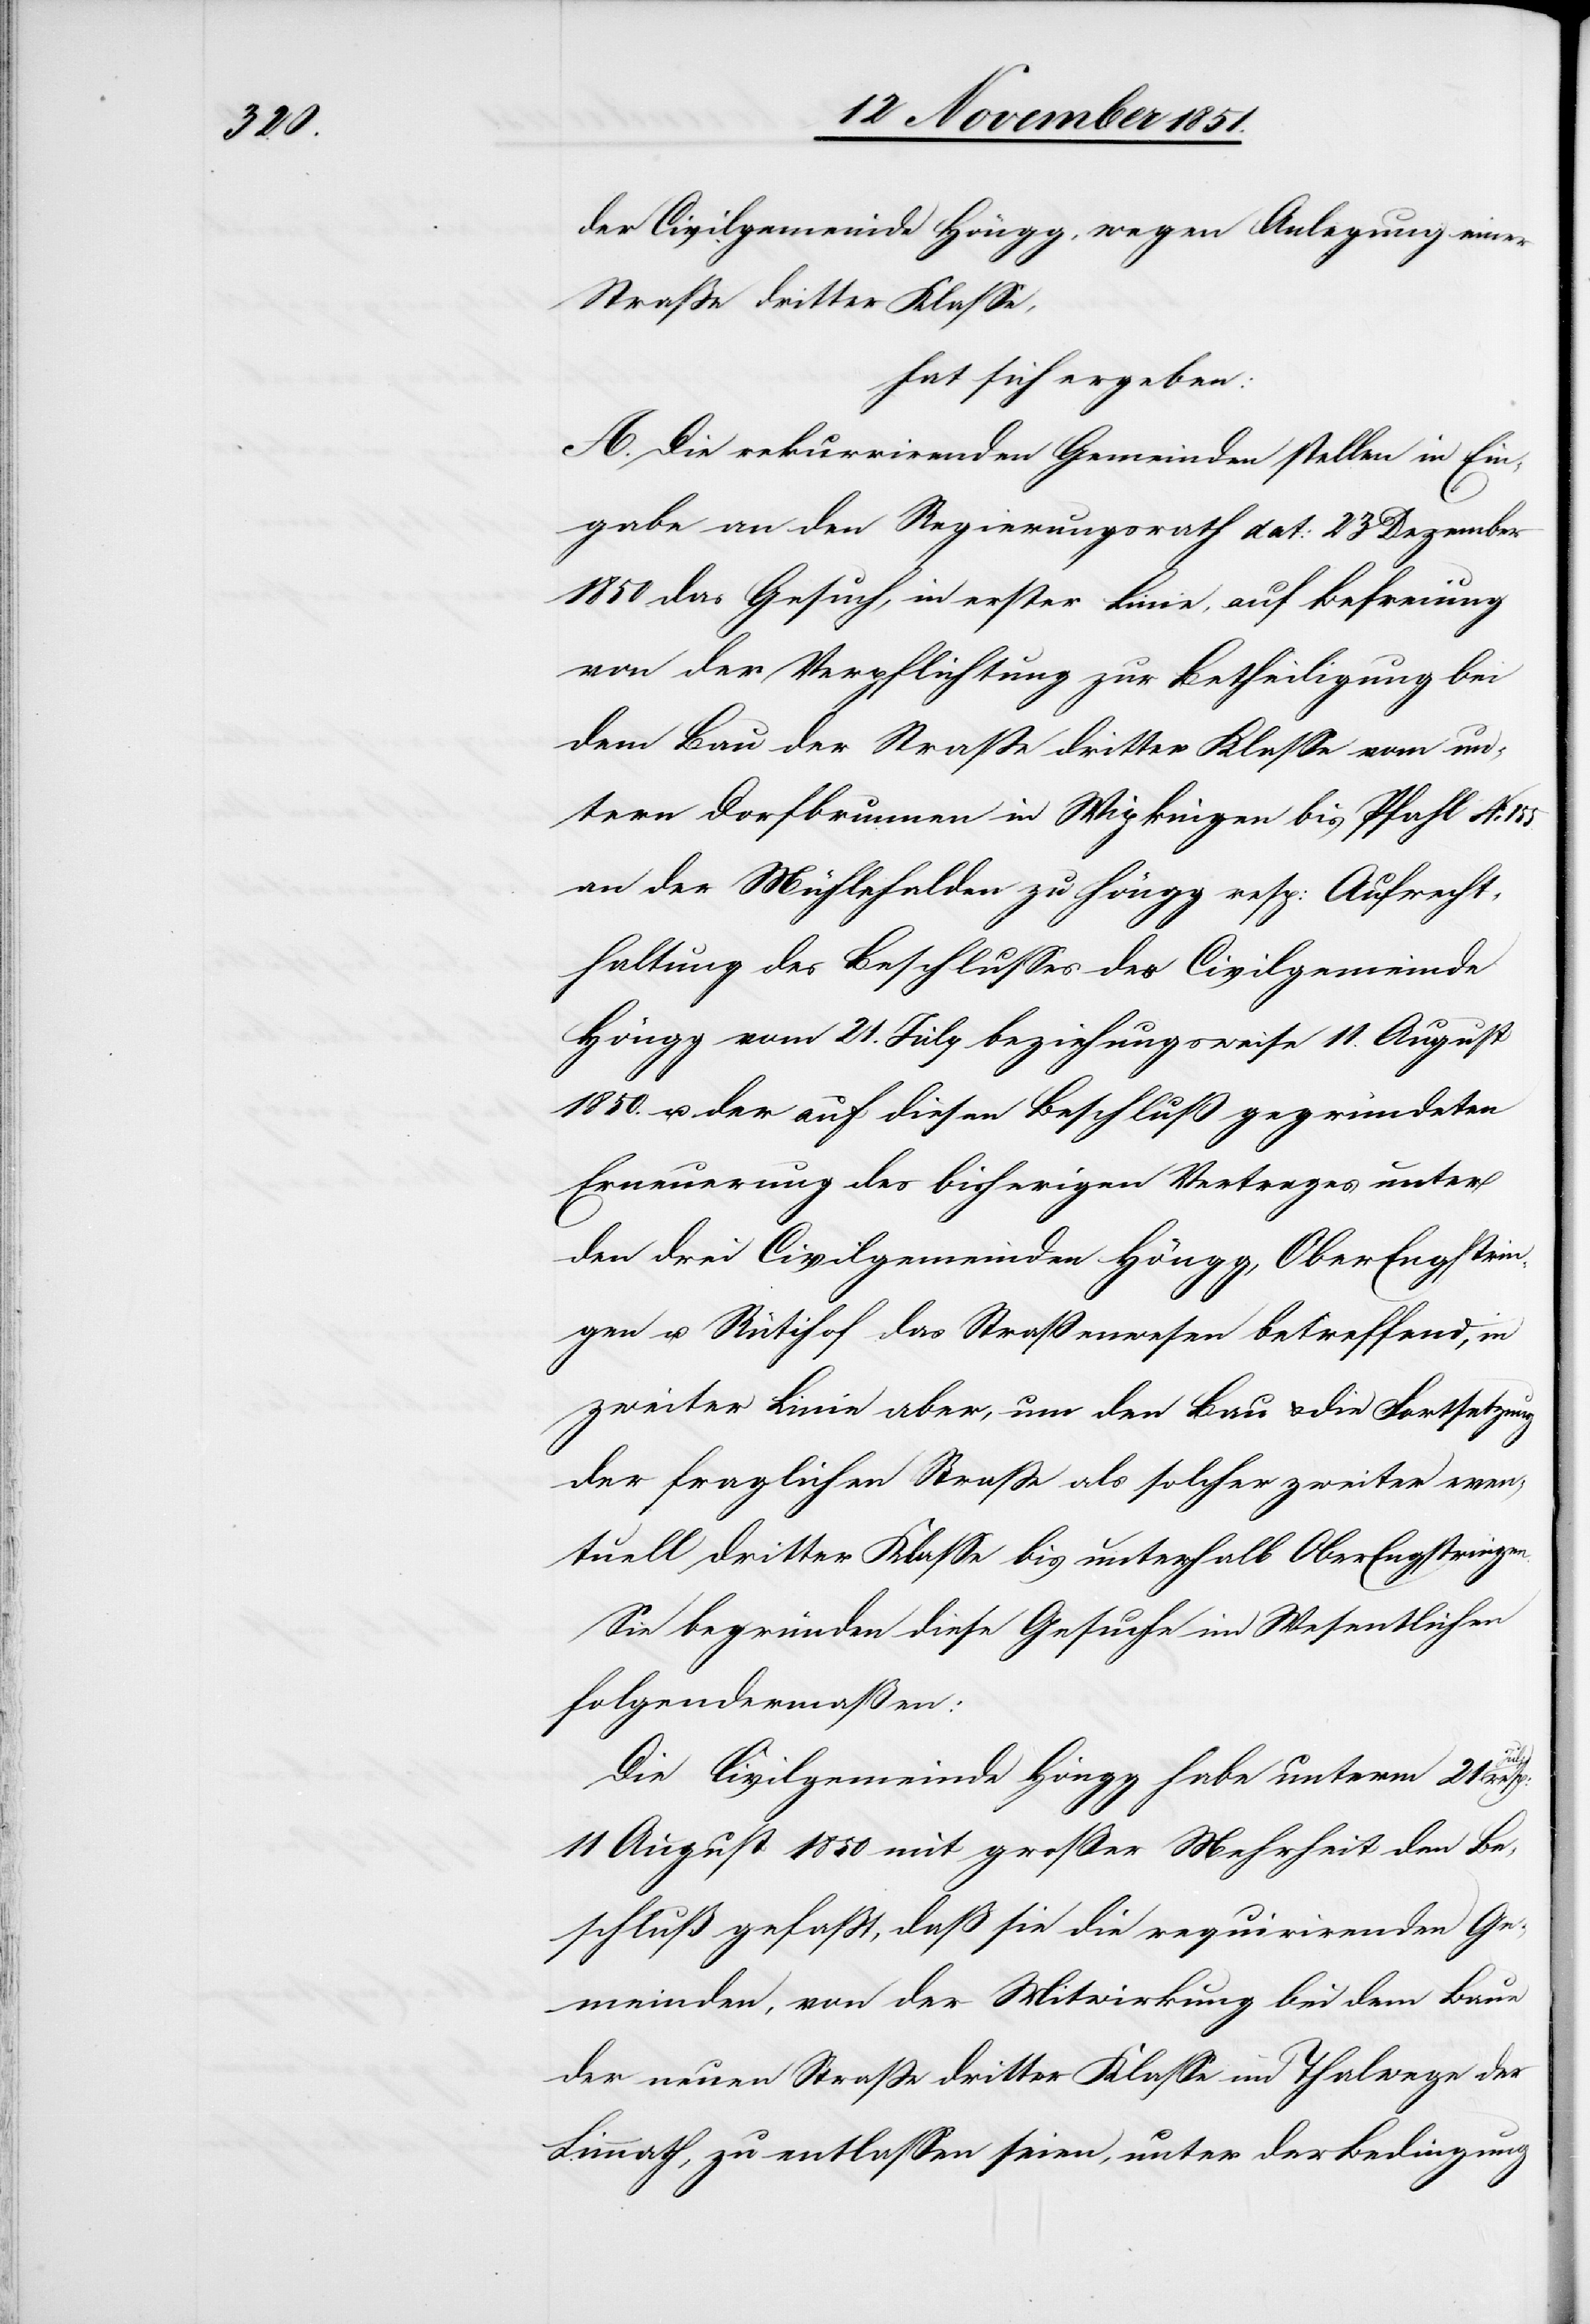
der Civilgemeinde Höngg, wegen Anlegung einer
Straße dritter Klasse,
hat sich ergeben:
A. Die rekurrirenden Gemeinden stellen in Ein¬
gabe an den Regierungsrath dat: 23 Dezember
1850 das Gesuch, in erster Linie, auf Befreiung
von der Verpflichtung zur Betheiligung bei
dem Bau der Straße dritter Klasse vom un¬
tern Dorfbrunnen in Wipkingen bis Pfahl No. 155.
an der Mühlehalden zu Höngg resp: Aufrecht¬
haltung des Beschlusses der Civilgemeinde
Höngg vom 21. July beziehungsweise 11. August
1850. u. der auf diesen Beschluß gegründeten
Erneuerung des bisherigen Vertrages unter
den drei Civilgemeinden Höngg, OberEngstrin¬
gen u. Rütihof das Straßenwesen betreffend, in
zweiter Linie aber, um den Bau & die Fortsetzung
der fraglichen Straße als solcher zweiter even¬
tuell dritter Klasse bis unterhalb OberEngstringen.
Sie begründen diese Gesuche im Wesentlichen
folgendermaßen:
Die Civilgemeinde Höngg habe unterm 21 July
11 August 1850 mit großer Mehrheit den Be¬
schluß gefaßt, daß sie [sic!] die requirirenden Ge¬
meinden, von der Mitwirkung bei dem Baue
der neuen Straße dritter Klasse im Thalwege der
Limmath, zu entlassen seien, unter der Bedingung